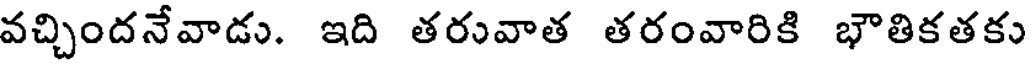
వచ్చిందనేవాడు. ఇది తరువాత తరంవారికి భౌతికతకు